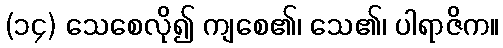
(၁၄) သေစေလို၍ ကျစေ၏၊ သေ၏၊ ပါရာဇိက။